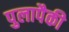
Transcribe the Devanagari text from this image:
पुलापैकी